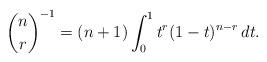
LaTeX: \begin{align*}\binom{n}{r}^{-1} =(n+1)\int_0^1t^r(1-t)^{n-r}\,dt.\end{align*}